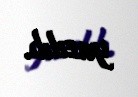
yazılıb.